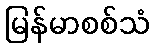
မြန်မာစစ်သံ